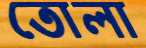
তোলা